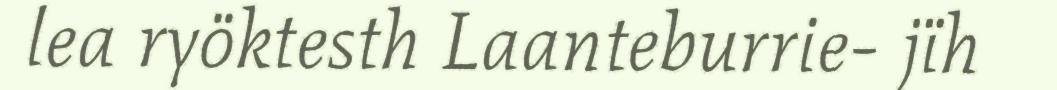
lea ryöktesth Laanteburrie- jïh